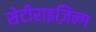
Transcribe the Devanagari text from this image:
सेटीराइज़िन्ग